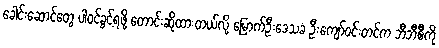
ခေါင်းဆောင်တွေ ပါဝင်ခွင့်ရဖို့ တောင်းဆိုထားတယ်လို့ မြောက်ဦးဒေသခံ ဦးကျော်ဝင်းတင်က ဘီဘီစီကို